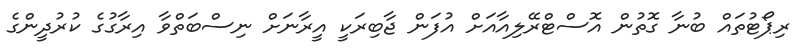
ރިޕޯޓުތައް ބުނާ ގޮތުން އޮސްޓްރޭލިއާއަށް އުފަން ޖާބިރަކީ އީރާނަށް ނިސްބަތްވާ އިރާގުގެ ކުރުދީންގެ